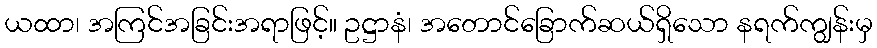
ယထာ၊ အကြင်အခြင်းအရာဖြင့်။ ဥဋ္ဌာနံ၊ အတောင်ခြောက်ဆယ်ရှိသော နရက်ကျွန်းမှ